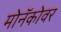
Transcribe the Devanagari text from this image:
मोनॅकोवर